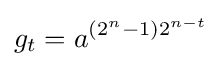
g_{t}=a^{(2^{n}-1)2^{n-t}}